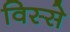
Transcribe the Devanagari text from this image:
विस्से